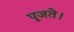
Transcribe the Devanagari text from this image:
पूजते।